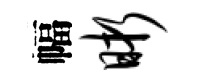
幅晰